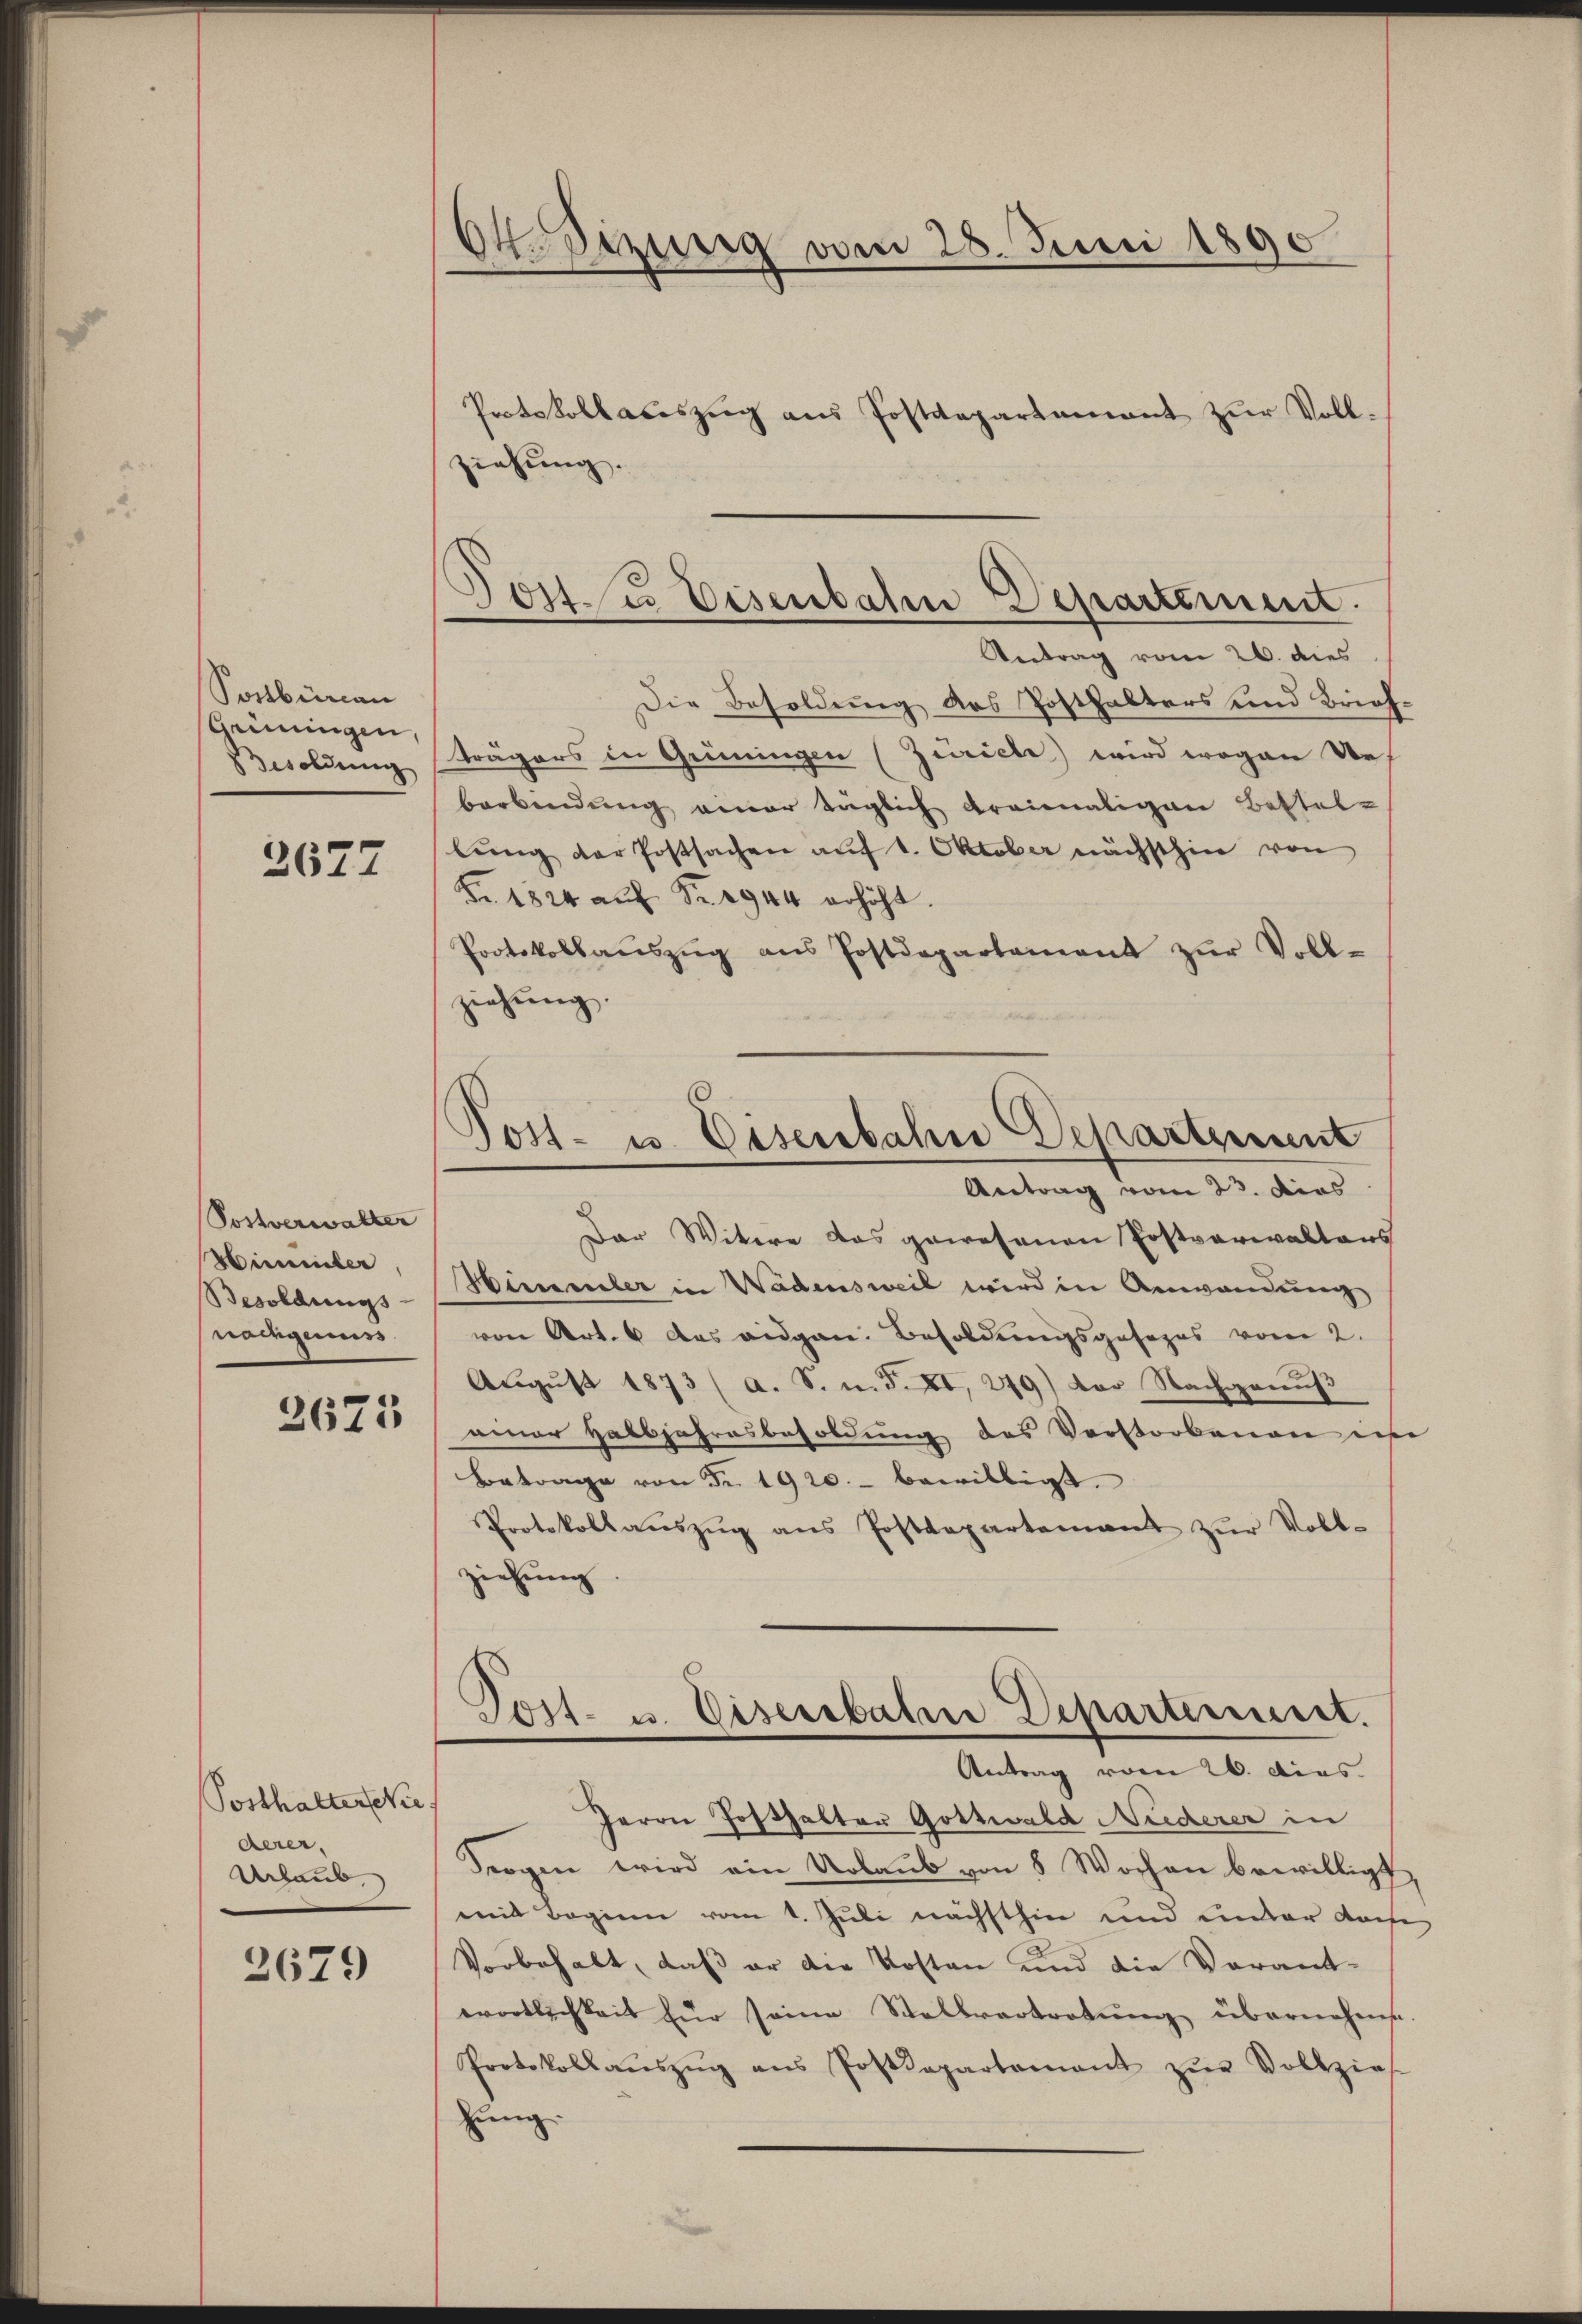
Postbüreau
Geinungen,
Besoldung

2677

Postverwalter
Wimmer
Besoldungs-
nachgenuss.

2671

Posthalter Nie
derer,
Urlaub.

2679

64. Setzung vom 28. Juni 1890
Protokollaceszug aus Postdepartament zur Vollziehung.

Die Besoldung des Posthalters und Brief-
trägers in Grüningen (Zürich) wird wogen des
berbindung einer täglich dreimaligen Bestel-
lŭng der Postsachen aŭf 1. Oktober nächsthin von
Fr. 1824 auf Fr. 1944 erhöht.
Protokollaŭszŭg ans Postdepartement zŭr Voll-
ziehung.
Post- u. Eisenbahn Departement
Antrag vom 23. dies
Der Witwe das gewesenen Postverwaltens
Himmler in Wadensweil wird in Anwendung
von Art. 6 das eidgen. Besoldungsgesezes vom 2.
August 1873 (a. S. m. S. XI, 249) der Nachgenuß
einer Halbjahresbesoldung des Vorstorbenen in
Betrage von Fr. 1920.- bewilligt.
Protokollaŭszŭg ans Postdepartement zŭr Voll-
ziehung.

.
Jost u. Eisenbahn Departement.
Vertrag vom 26. dies

Post- u. Eisenbaten Departement.
Antrag vom 26. dies

Herrn Posthalter Gottwald Niederer in
Seegen wird ein Urlaub von 8 Wochen bewilligt,
mit Beginn vom 1. Juli nächsthin und einbar doche
Vorbehalt, daß er die Kosten und die Verant-
wortlichkeit für seine Stellvertretŭng übernehme.
Protokollaŭszŭg ans Postdepartement zŭr Vollzieh
hung.